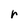
Character: r